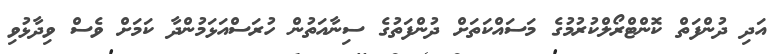
އަދި ދުންފަތް ކޮންޓްރޯލްކުރުމުގެ މަސައްކަތަށް ދުންފަތުގެ ސިނާއަތުން ހުރަސްއަޅަމުންދާ ކަމަށް ވެސް ވިދާޅުވި